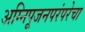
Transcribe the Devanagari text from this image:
अग्निपूजनपरंपरेचा